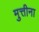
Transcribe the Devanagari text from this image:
मुत्तीना